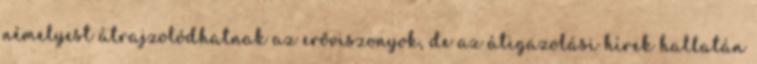
némelyest átrajzolódhatnak az erőviszonyok, de az átigazolási hírek hallatán